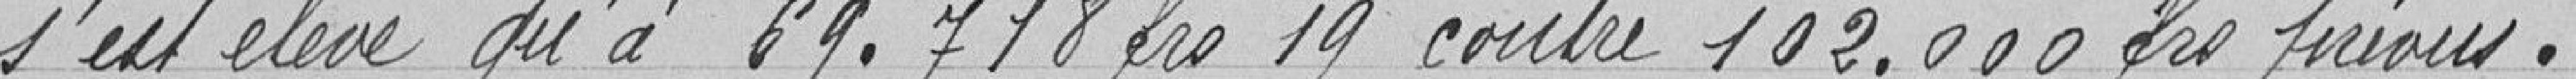
s'est élevé qu'à 69.718,19 francs contre 102.000 francs prévus.